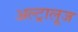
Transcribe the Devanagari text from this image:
अल्ट्रालूज